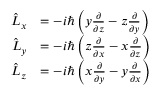
{ \begin{array} { r l } { { \hat { L } } _ { x } } & { = - i \hbar \left( y { \frac { \partial } { \partial z } } - z { \frac { \partial } { \partial y } } \right) } \\ { { \hat { L } } _ { y } } & { = - i \hbar \left( z { \frac { \partial } { \partial x } } - x { \frac { \partial } { \partial z } } \right) } \\ { { \hat { L } } _ { z } } & { = - i \hbar \left( x { \frac { \partial } { \partial y } } - y { \frac { \partial } { \partial x } } \right) } \end{array} }